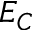
E _ { C }